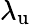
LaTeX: \lambda_{\mathrm{u}}